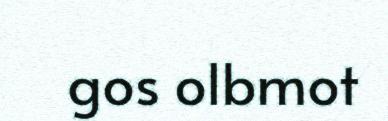
gos olbmot